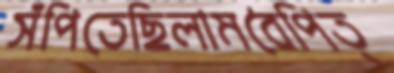
সঁপিতেছিলামবৈপিত্